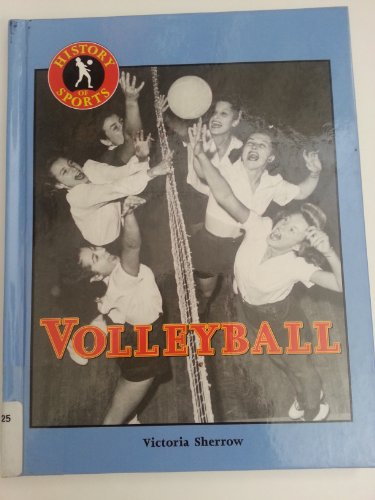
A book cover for History of Sports: Volleyball; Victoria Sherrow; Sports & Outdoors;